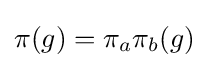
\pi (g)=\pi _{a}\pi _{b}(g)